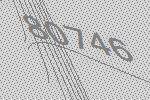
80746